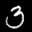
Label: 3